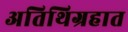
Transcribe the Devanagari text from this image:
अतिथिग्रहात